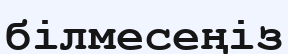
білмесеңіз